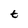
Character: t